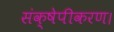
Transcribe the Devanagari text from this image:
संक्षेपीकरण।